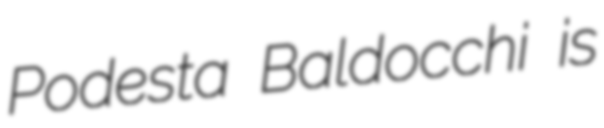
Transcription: Podesta Baldocchi is